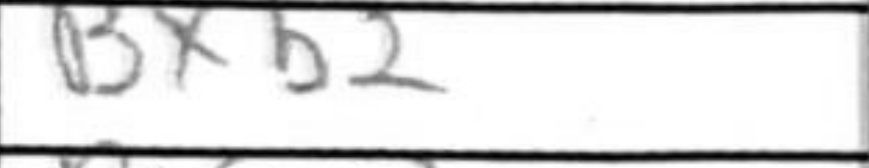
Transcription: Bxb2